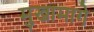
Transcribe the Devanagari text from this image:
मुखामागे